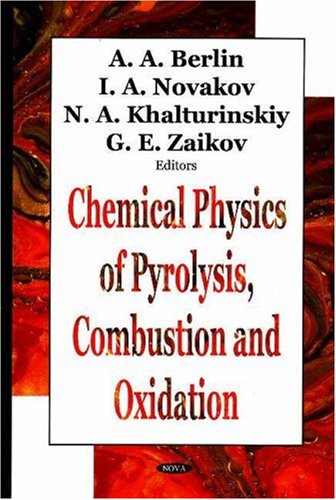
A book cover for Chemical Physics Of Pyrolysis, Combustion And Oxidation; A. A. Berlin; Science & Math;